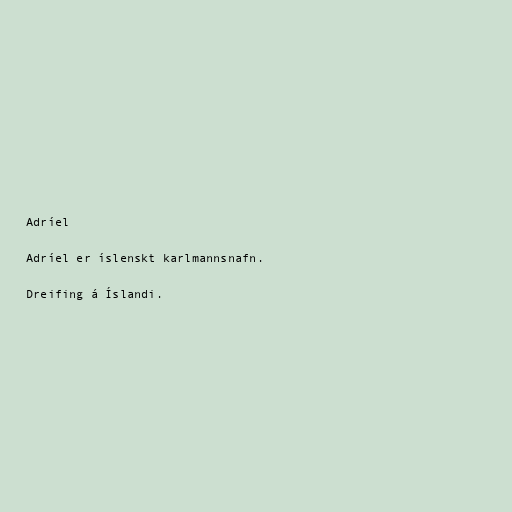
Adríel

Adríel er íslenskt karlmannsnafn.

Dreifing á Íslandi.